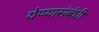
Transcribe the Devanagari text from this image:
येण्यासंबंधी